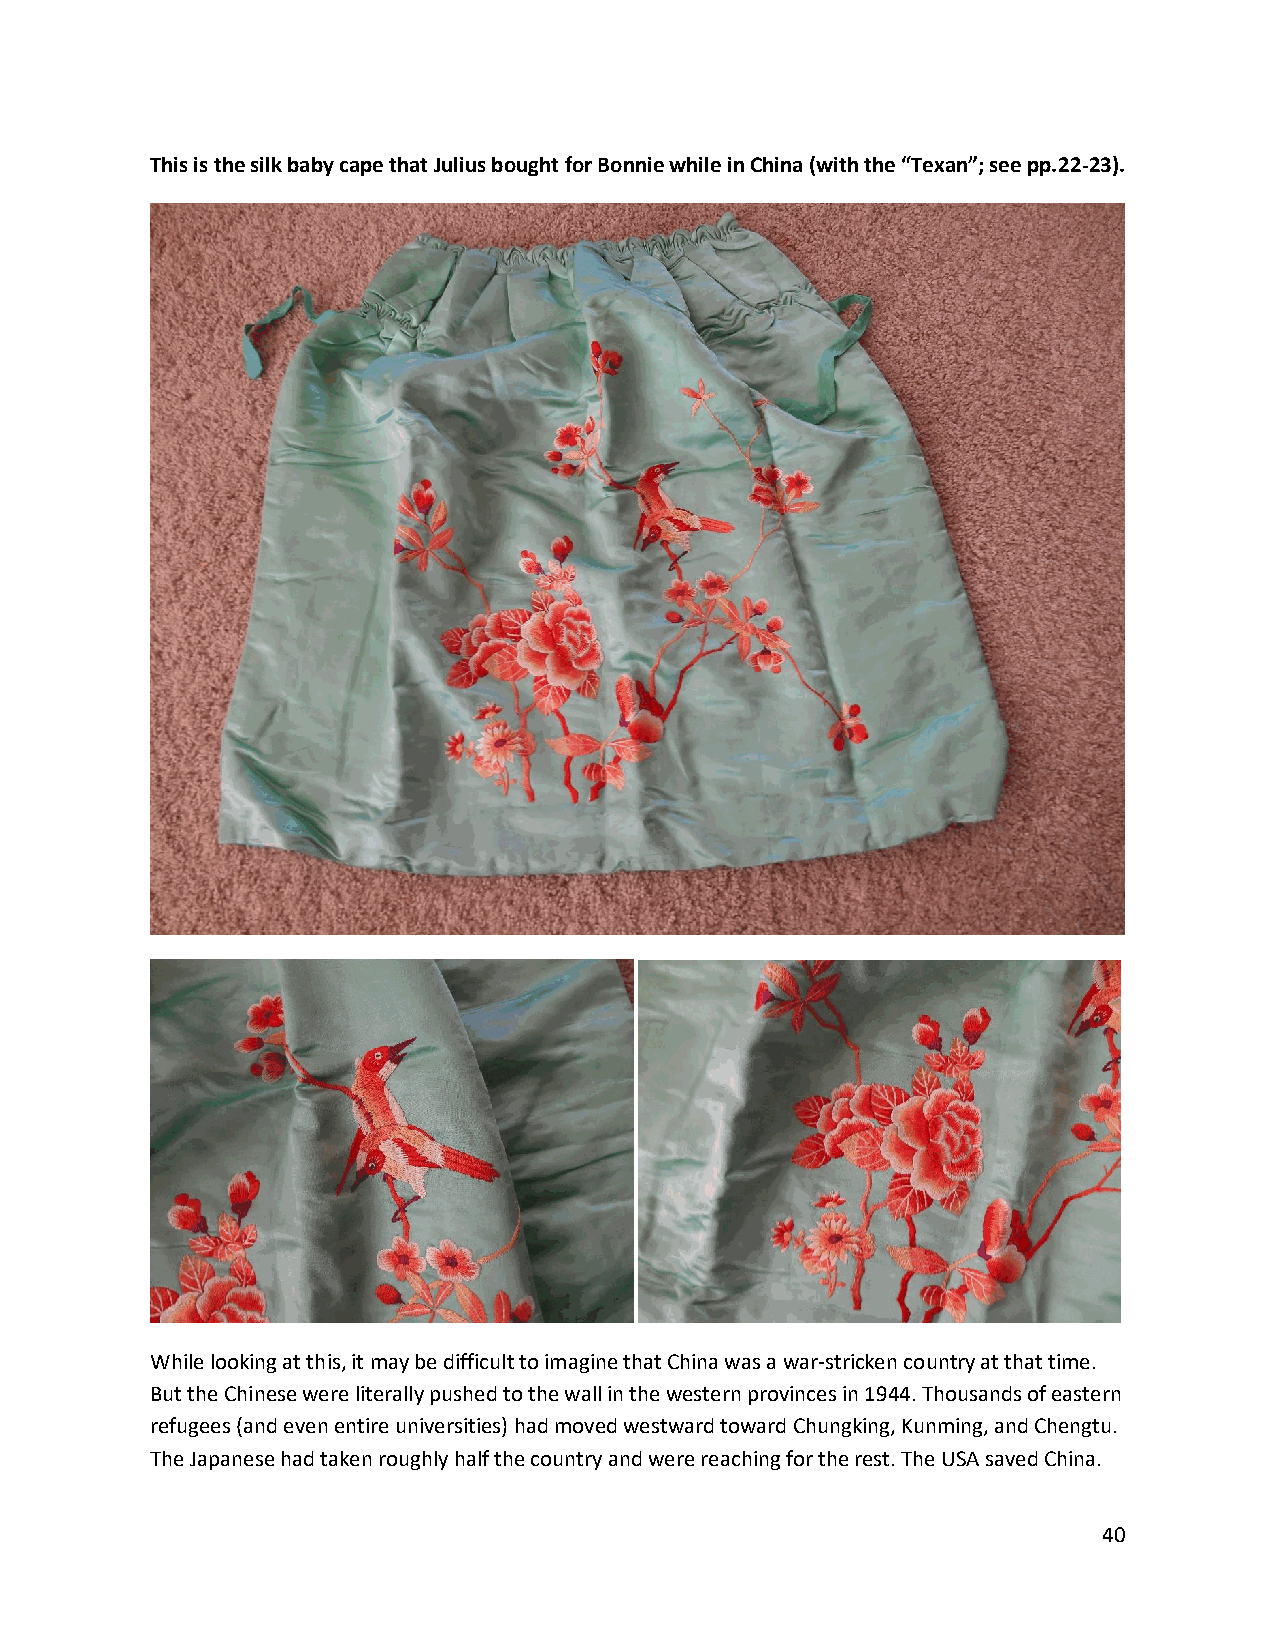
This is the silk baby cape that Julius bought for Bonnie while in China (with the “Texan”; see pp.22-23).
 While looking at this, it may be difficult to imagine that China was a war-stricken country at that time.
 But the Chinese were literally pushed to the wall in the western provinces in 1944. Thousands of eastern
 refugees (and even entire universities) had moved westward toward Chungking, Kunming, and Chengtu.
 The Japanese had taken roughly half the country and were reaching for the rest. The USA saved China.
 40